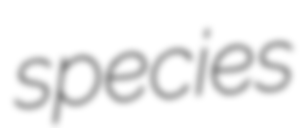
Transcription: species